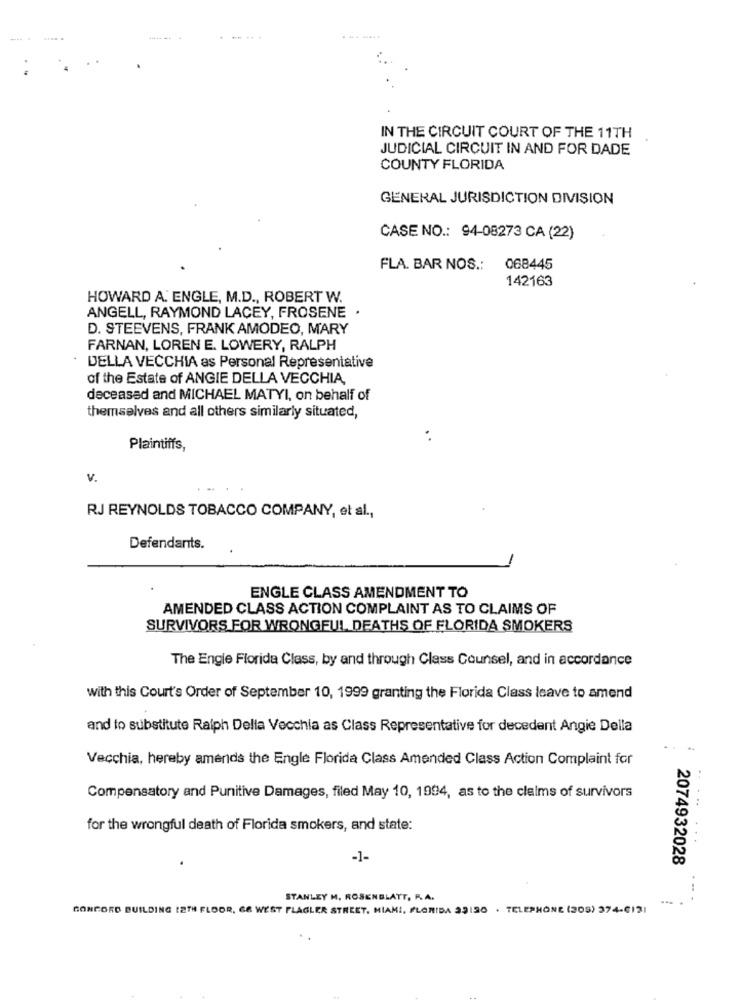
IN THE CIRCUIT COURT OF THE 11TH
JUDICIAL CIRCUIT IN AND FOR DADE
COUNTY FLORIDA
GENERAL JURISDICTION DIVISION
CASE NO .: 94-08273 CA (22)
FLA. BAR NOS .:
068445
142163
HOWARD A. ENGLE, M.D ., ROBERT W.
ANGELL, RAYMOND LACEY, FROSENE .
D. STEEVENS, FRANK AMODEO, MARY
FARNAN, LOREN E. LOWERY, RALPH
DELLA VECCHIA as Personal Representative
of the Estate of ANGIE DELLA VECCHIA,
deceased and MICHAEL MATYI, on behalf of
themselves and all others similarly situated,
Plaintiffs,
v.
RJ REYNOLDS TOBACCO COMPANY, et al .,
Defendants.
ENGLE CLASS AMENDMENT TO
AMENDED CLASS ACTION COMPLAINT AS TO CLAIMS OF
SURVIVORS FOR WRONGFUL DEATHS OF FLORIDA SMOKERS
The Engie Florida Class, by and through Class Counsel, and in accordance
with this Court's Order of September 10, 1999 granting the Florida Class leave to amend
and to substitute Ralph Della Vecchia as Class Representative for decedent Angie Della
Vecchia, hereby amends the Engle Florida Class Amended Class Action Complaint for
Compensatory and Punitive Damages, filed May 10, 1994, as to the claims of survivors
for the wrongful death of Florida smokers, and state:
-1-
2074932028
. ..
STANLEY M. ROSENBLATT, R.A.
CONCORD BUILDING 12TH FLOOR, GE WEST FLAGLER STREET, MIAMI, FLORIDA 39130 . TELEPHONE (305) 374-6131